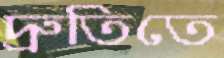
দ্রুতিতে